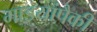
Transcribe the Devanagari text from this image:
गाडयांपैकी